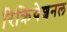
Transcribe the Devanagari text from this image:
रिक्रियेशनल